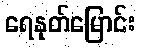
ရေနုတ်မြောင်း